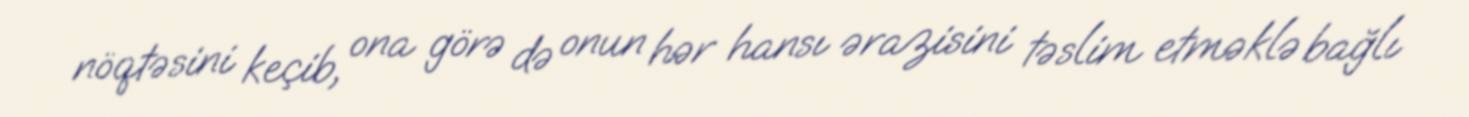
nöqtəsini keçib, ona görə də onun hər hansı ərazisini təslim etməklə bağlı